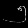
Digit: ၅